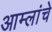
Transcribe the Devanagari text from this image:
आम्लांचे